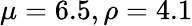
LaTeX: \mu=6.5,\rho=4.1